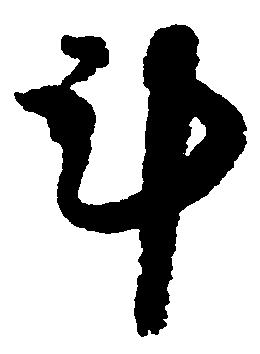
斗